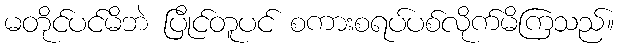
မတိုင်ပင်မိဘဲ ပြိုင်တူပင် စကားစရပ်ပစ်လိုက်မိကြသည်။